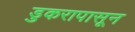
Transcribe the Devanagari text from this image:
डुकरापासून